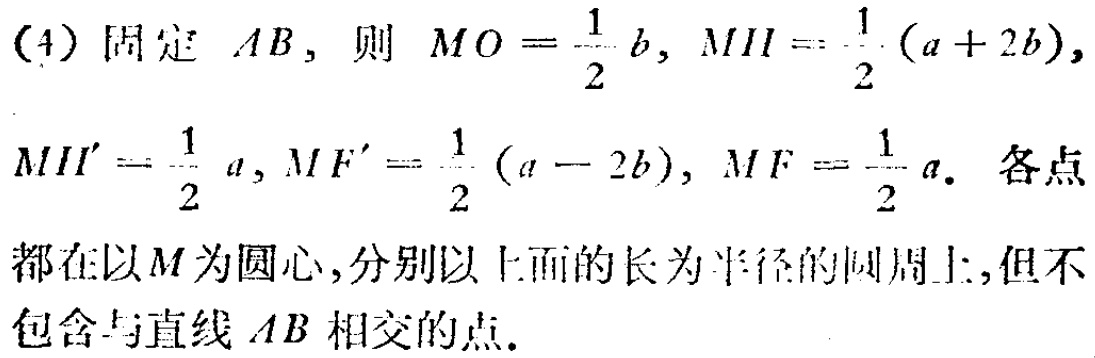
(4) 固定 \(AB\)，则 \(MO = \frac{1}{2}b\)，\(MH=\frac{1}{2}(a + 2b)\)，\(MH'=\frac{1}{2}a\)，\(MF'=\frac{1}{2}(a - 2b)\)，\(MF=\frac{1}{2}a\)。各点都在以 \(M\) 为圆心，分别以上面的长为半径的圆周上，但不包含与直线 \(AB\) 相交的点。